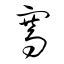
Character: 騫